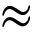
\approx